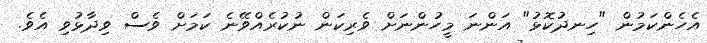
އެހެންކަމުން "ހިނދުކޮޅު" އަންނަ މީހުންނަށް ވެރިކަން ނުކުރެއްވޭނެ ކަމަށް ވެސް ވިދާޅުވި އެވެ.